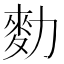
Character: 𪋾